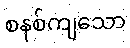
စနစ်ကျသော